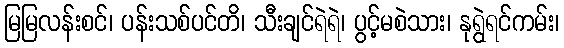
မြမြလန်းစင်၊ ပန်းသစ်ပင်တိ၊ သီးချင်ရဲရဲ၊ ပွင့်မစဲသား၊ နုရွဲရင်ကမ်း၊